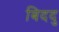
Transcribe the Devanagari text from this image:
बिददु